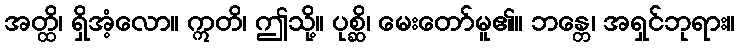
အတ္ထိ၊ ရှိအံ့လော။ ဣတိ၊ ဤသို့။ ပုစ္ဆိ၊ မေးတော်မူ၏။ ဘန္တေ၊ အရှင်ဘုရား။